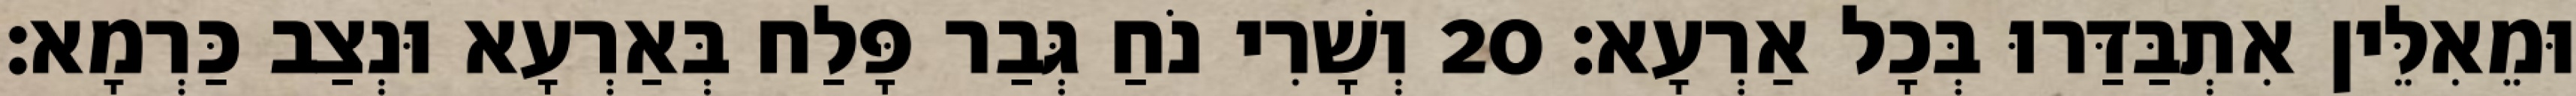
וּמֵאִלֵּין אִתְבַּדַּרוּ בְּכָל אַרְעָא׃ 20 וְשָׁרִי נֹחַ גְּבַר פָּלַח בְּאַרְעָא וּנְצַב כַּרְמָא׃